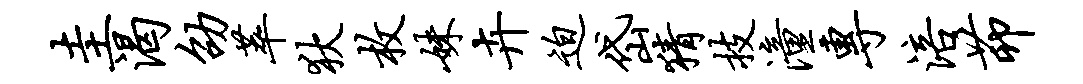
圭渴劭萃狄枚妹卉迫岱猜技潼专涪茆